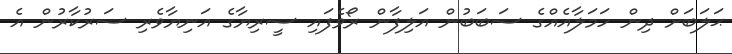
ޙަލަބަށް ދިން ހަމަލާއެއްގެ ސަބަބުން އަލިފާން ރޯވެފައި ސީރިޔާގެ އަނިޔާވެރި ސަރުކާރުން އެ